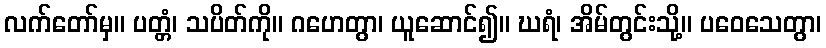
လက်တော်မှ။ ပတ္တံ၊ သပိတ်ကို။ ဂဟေတွာ၊ ယူဆောင်၍။ ဃရံ၊ အိမ်တွင်းသို့။ ပဝေသေတွာ၊